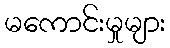
မကောင်းမှုများ